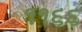
૧૧૬૬